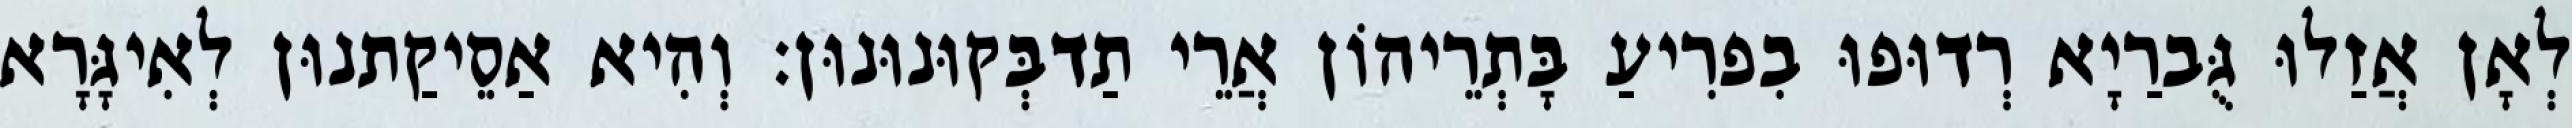
לְאָן אֲזַלוּ גֻּברַיָא רְדוּפוּ בִפרִיעַ בָּתְרֵיהוֹן אֲרֵי תַדבְּקוּנוּנוּן׃ וְהִיא אַסֵיקַתנוּן לְאִיגָּרָא